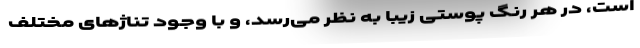
است، در هر رنگ پوستی زیبا به نظر می‌رسد، و با وجود تناژهای مختلف